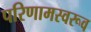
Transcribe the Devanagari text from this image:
परिणामस्वरूव